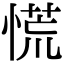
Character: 慌